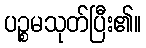
ပဉ္စမသုတ်ပြီး၏။